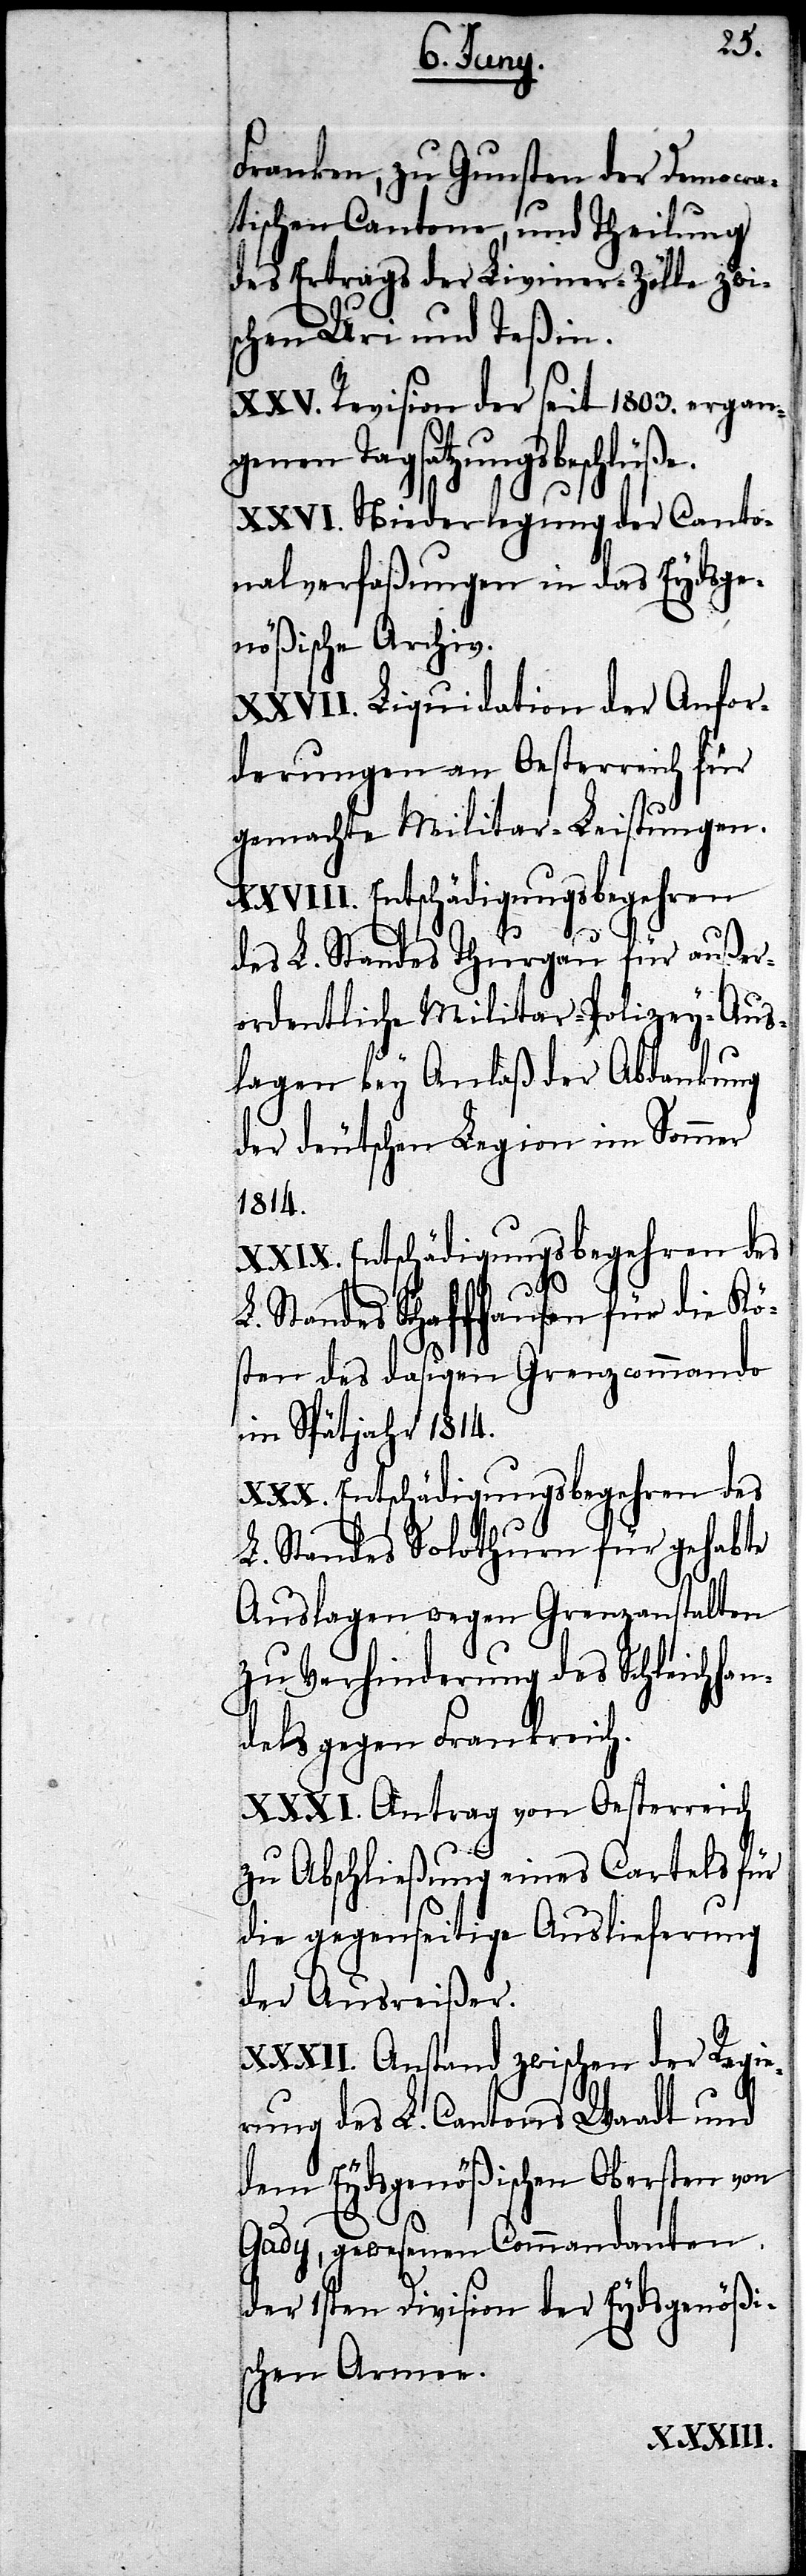
Franken, zu Gunsten der Democra¬
tischen Cantone, und Theilung
des Ertrags der Liviner-Zölle zwi¬
schen Uri und Teßin.
XXV. Revision der seit 1803. ergang¬
enen Tagsatzungsbeschl¬
XXVI. Niederlegung der Canto¬
nalverfaßungen in das Eydsge¬
nößische Archiv.
XXVII. Liquidation der Anfor¬
derungen an Oesterreich für
gemachte Militar-Leistungen.
Entschädigungsbegehren
L. Standes Thurgau für außer¬
ordentliche Militar-Polizey-Aus¬
lagen bey Anlaß der Abdankung
der deutschen Legion im Sommer
1814.
üße.
L. Standes Schaffhausen für die Kö¬
sten des dasigen Grenzcommando
im Spätjahr 1814.
XXX. Entschädigungsbegehren des
L. Standes Solothurn für gehabte
Auslagen wegen Grenzanstalten
zu Verhinderung des Schleichhan¬
dels gegen Frankreich.
XXXI. Antrag von Oesterreich
zu Abschließung eines Cartels für
die gegenseitige Auslieferung
der Ausreißer.
XXXII. Anstand zwischen der Regie¬
rung des L. Cantons Waadt und
dem Eydsgenößischen Obersten von
Gady, gewesenen Commandanten
der 1sten Division der Eydsgenößi¬
schen Armee.